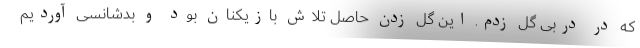
که در دربی گل زدم. این گل زدن حاصل تلاش بازیکنان بود و بدشانسی آوردیم